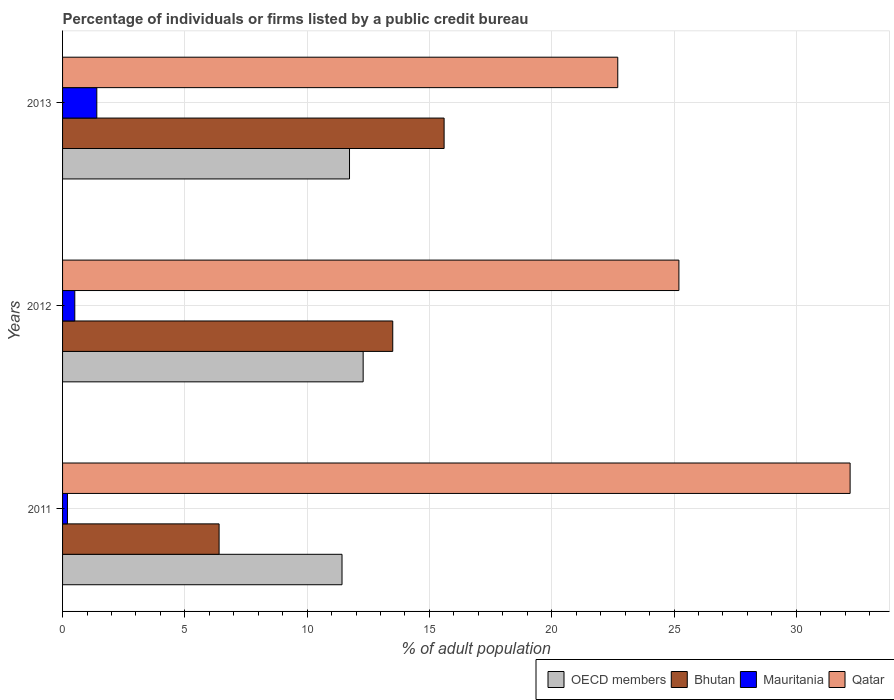
| Years | OECD members | Bhutan | Mauritania | Qatar |
 | --- | --- | --- | --- | --- |
 | 2011 | 11.4 | 6.4 | 0.2 | 32.2 |
 | 2012 | 12.3 | 13.5 | 0.5 | 25.2 |
 | 2013 | 11.7 | 15.6 | 1.4 | 22.7 |